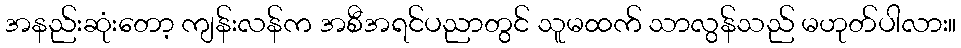
အနည်းဆုံးတော့ ကျန်းလန်က အစီအရင်ပညာတွင် သူမထက် သာလွန်သည် မဟုတ်ပါလား။